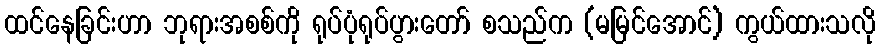
ထင်နေခြင်းဟာ ဘုရားအစစ်ကို ရုပ်ပုံရုပ်ပွားတော် စသည်က (မမြင်အောင်) ကွယ်ထားသလို